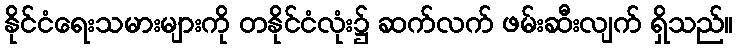
နိုင်ငံရေးသမားများကို တနိုင်ငံလုံး၌ ဆက်လက် ဖမ်းဆီးလျက် ရှိသည်။